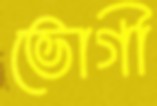
ভোগী